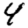
Digit: 4